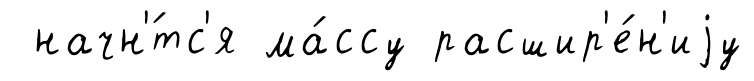
начн'́тс'я ма́ссу расшир'е́н'иjу